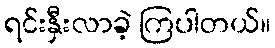
ရင်းနှီးလာခဲ့ ကြပါတယ်။